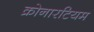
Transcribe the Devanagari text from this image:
क्रोनारटियम